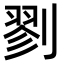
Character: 剹